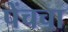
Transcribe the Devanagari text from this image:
पेंचचा